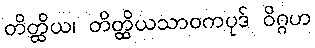
တိတ္ထိယ၊ တိတ္ထိယသာဝကပုဒ် ဝိဂ္ဂဟ